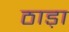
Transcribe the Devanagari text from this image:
ठाड़ा